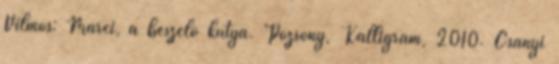
Vilmos: Marci, a beszélő kutya. Pozsony, Kalligram, 2010. Csányi